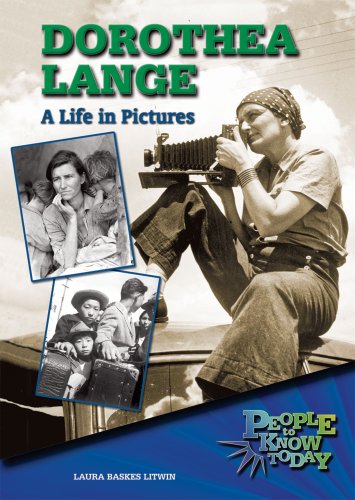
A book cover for Dorothea Lange: A Life in Pictures (People to Know Today); Laura Baskes Litwin; Children's Books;